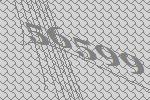
56599